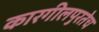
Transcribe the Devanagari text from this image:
कारगीलपुरतेच